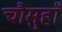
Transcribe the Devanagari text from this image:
चौमुहाँ